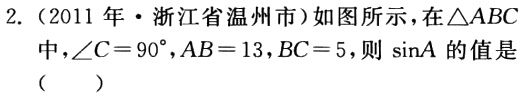
2.（2011年·浙江省温州市）如图所示，在\(\triangle ABC\)中，\(\angle C = 90^{\circ}\)，\(AB = 13\)，\(BC = 5\)，则\(\sin A\)的值是（  ）